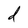
Character: d